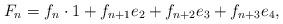
LaTeX: \begin{align*}F_{n}=f_{n}\cdot 1+f_{n+1}e_{2}+f_{n+2}e_{3}+f_{n+3}e_{4}, \end{align*}